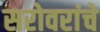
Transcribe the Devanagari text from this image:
सरोवरांचे